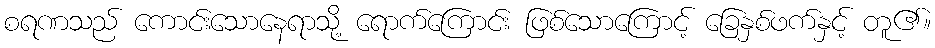
စရဏသည် ကောင်းသောနေရာသို့ ရောက်ကြောင်း ဖြစ်သောကြောင့် ခြေနှစ်ဖက်နှင့် တူ၏။